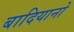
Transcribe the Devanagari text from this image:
बादियानो